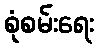
စုံစမ်းရေး